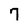
Character: 7